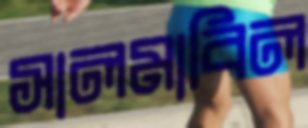
সালমাবিল